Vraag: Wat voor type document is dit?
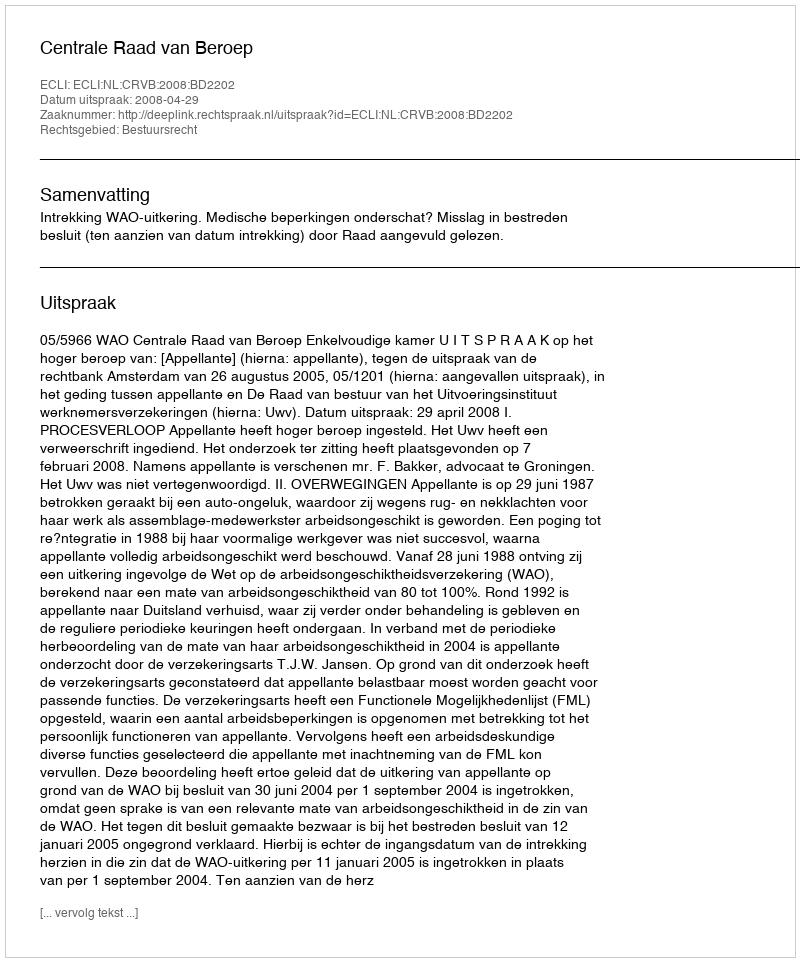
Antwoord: Uitspraak